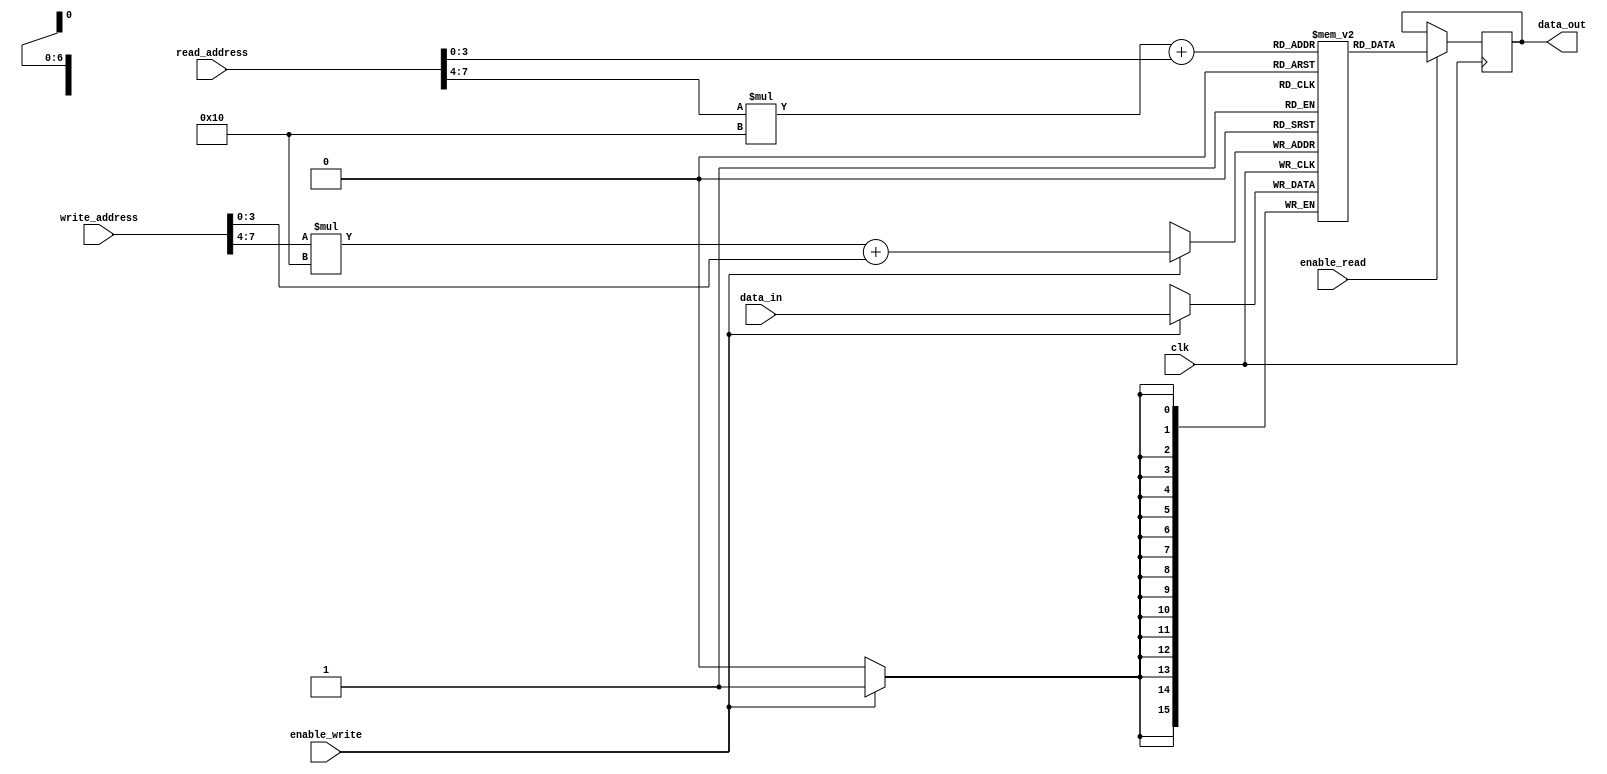
module registerFile(
  input wire clk,
  input wire enable_read,
  input wire enable_write,
  input wire [7:0] read_address,
  input wire [7:0] write_address,
  input wire [15:0] data_in,
  output reg [15:0] data_out
);

reg [15:0] memory_block [0:7][0:15]; // 8 memory blocks with 16 registers each

always @(posedge clk) begin
  if(enable_write) begin
    memory_block[write_address[7:4]][write_address[3:0]] <= data_in;
  end
  if(enable_read) begin
    data_out <= memory_block[read_address[7:4]][read_address[3:0]];
  end
end

endmodule